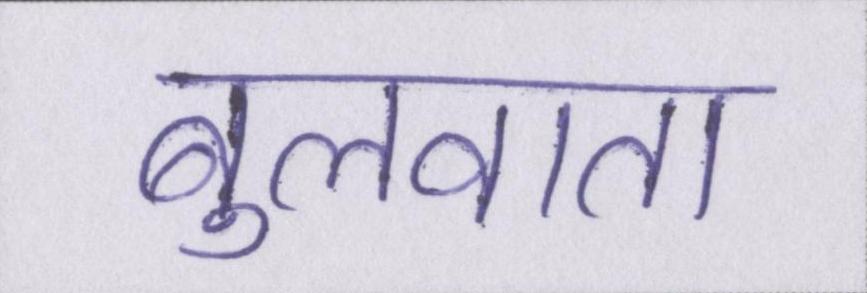
बुलवाता